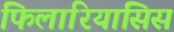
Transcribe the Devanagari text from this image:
फिलारियासिस